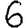
Digit: 6